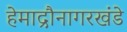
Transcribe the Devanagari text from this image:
हेमाद्रौनागरखंडे